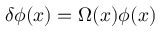
\delta \phi ( x ) = \Omega ( x ) \phi ( x )